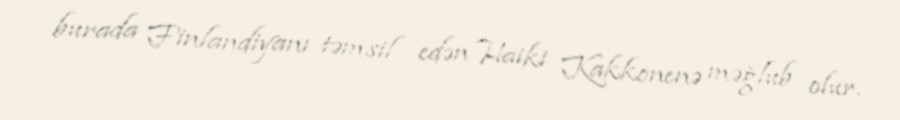
burada Finlandiyanı təmsil edən Haiki Kakkonenə məğlub olur.